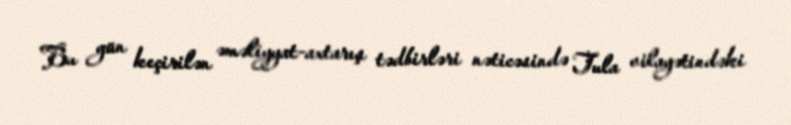
Bu gün keçirilən əməliyyat-axtarış tədbirləri nəticəsində Tula vilayətindəki